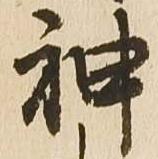
神